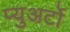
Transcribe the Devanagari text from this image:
प्युअर्टो